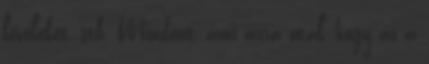
leveleket, stb. Mindent, ami arra utal, hogy az a